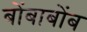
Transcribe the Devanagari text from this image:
बोंबाबोंब